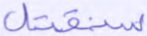
سنقتل